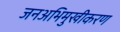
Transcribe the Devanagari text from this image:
जनअभिमुखीकरण